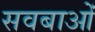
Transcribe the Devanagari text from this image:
सवबाओं